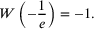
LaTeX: W \left( - { \frac { 1 } { e } } \right) = - 1 .